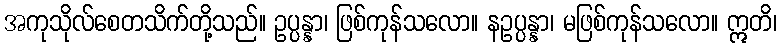
အကုသိုလ်စေတသိက်တို့သည်။ ဥပ္ပန္နာ၊ ဖြစ်ကုန်သလော။ နဥပ္ပန္နာ၊ မဖြစ်ကုန်သလော။ ဣတိ၊